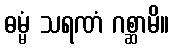
ဓမ္မံ သရဏံ ဂစ္ဆာမိ။